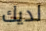
لديك